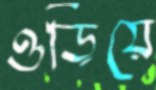
ওড়িয়ে